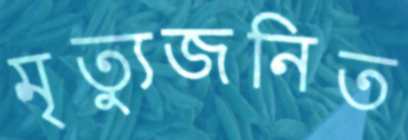
মৃত্যুজনিত